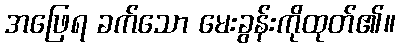
အဖြေရ ခက်သော မေးခွန်းကိုထုတ်၏။